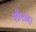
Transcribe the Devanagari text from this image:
रॉनला